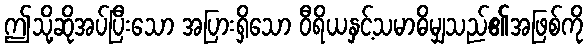
ဤသို့ဆိုအပ်ပြီးသော အပြားရှိသော ဝီရိယနှင့်သမာဓိမျှသည်၏အဖြစ်ကို